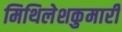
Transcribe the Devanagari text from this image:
मिथिलेशकुमारी